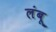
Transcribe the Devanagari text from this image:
लंबू